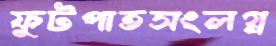
ফুটপাতসংলগ্ন